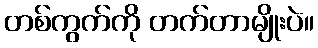
တစ်ကွက်ကို တက်တာမျိုးပဲ။